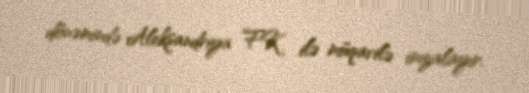
dönəmində Aleksandriya FK ilə müqavilə imzalayır.